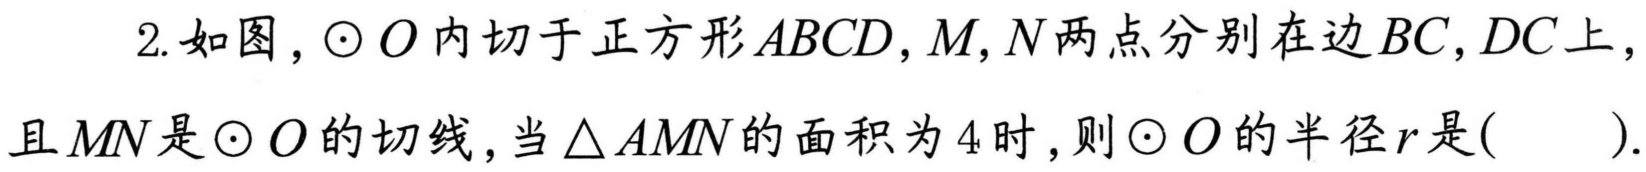
2.如图，$\odot O$内切于正方形$ABCD$，$M,N$两点分别在边$BC,DC$上，且$MN$是$\odot O$的切线，当$\triangle AMN$的面积为$4$时，则$\odot O$的半径$r$是( ).